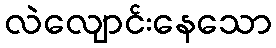
လဲလျောင်းနေသော